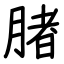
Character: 䐗